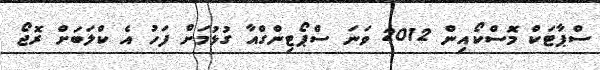
ސްޕާޓަކް މޮސްކޯއިން 2012 ވަނަ ސްޕޯޓިންގްއާ ގުޅުމަށް ފަހު އެ ކްލަބަށް ރޮޖޯ